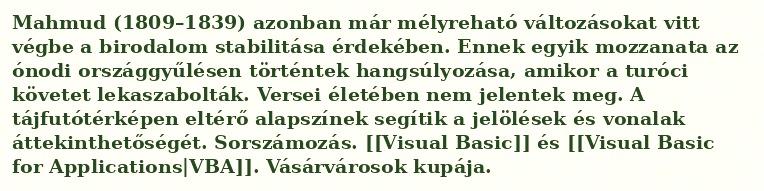
Mahmud (1809–1839) azonban már mélyreható változásokat vitt végbe a birodalom stabilitása érdekében. Ennek egyik mozzanata az ónodi országgyűlésen történtek hangsúlyozása, amikor a turóci követet lekaszabolták. Versei életében nem jelentek meg. A tájfutótérképen eltérő alapszínek segítik a jelölések és vonalak áttekinthetőségét. Sorszámozás. [[Visual Basic]] és [[Visual Basic for Applications|VBA]]. Vásárvárosok kupája.